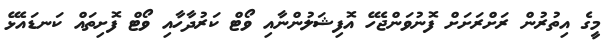
މީގެ އިތުރުން ރަށްރަށަށް ފޮނުވަންޖެހޭ އޮފިޝަލުންނާއި ވޯޓް ކަރުދާހާއި ވޯޓް ފޮށިތައް ކަނޑައެޅޭ